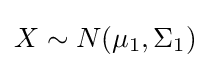
\textstyle X\sim N(\mu _{1},\Sigma _{1})